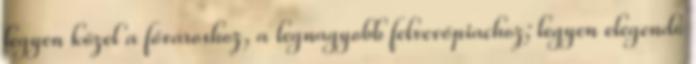
legyen közel a fővároshoz, a legnagyobb felvevőpiachoz; legyen elegendő